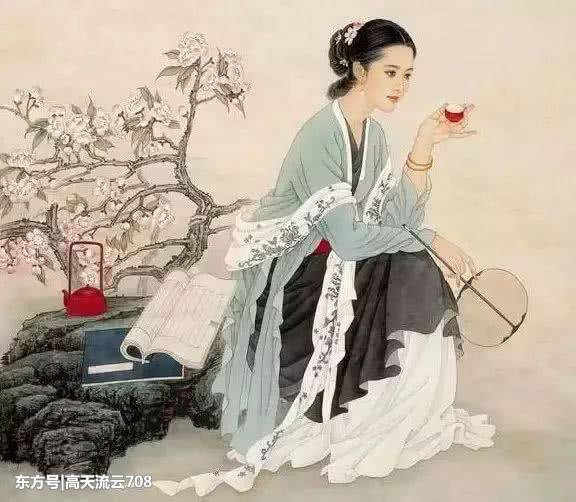
人去空流水，花飞半掩门。